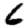
Digit: 6